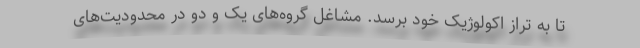
تا به تراز اکولوژیک خود برسد. مشاغل گروه‌های یک و دو در محدودیت‌های